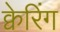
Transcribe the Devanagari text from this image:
क्वेरिंग